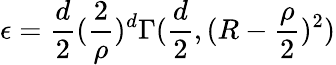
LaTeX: \epsilon=\frac{d}{2}(\frac{2}{\rho})^{d}\Gamma(\frac{d}{2},(R-\frac{\rho}{2})^{2})